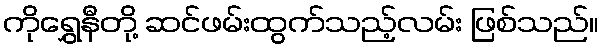
ကိုရွှေနီတို့ ဆင်ဖမ်းထွက်သည့်လမ်း ဖြစ်သည်။